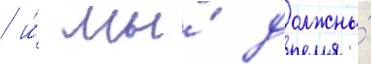
/ и́ мы́ должны́